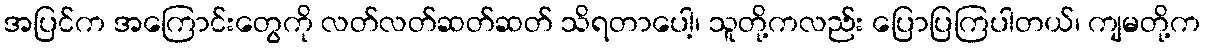
အပြင်က အကြောင်းတွေကို လတ်လတ်ဆတ်ဆတ် သိရတာပေါ့၊ သူတို့ကလည်း ပြောပြကြပါတယ်၊ ကျမတို့က